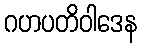
ဂဟပတိဝါဒေန